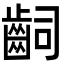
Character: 𪗪